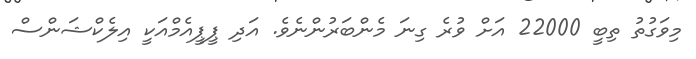
މިވަގުތު ތިބީ 22000 އަށް ވުރެ ގިނަ މެންބަރުންނެވެ. އަދި ޕީޕީއެމްއަކީ އިލެކްޝަންސް